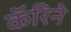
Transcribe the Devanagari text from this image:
कॅरिने